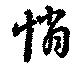
悄